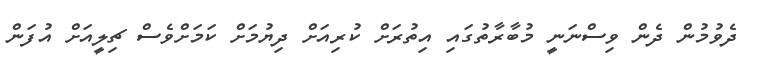
ދެވުމުން ދެން ވިސްނަނީ މުބާރާތުގައި އިތުރަށް ކުރިއަށް ދިޔުމަށް ކަމަށްވެސް ޗިލީއަށް އުފަން